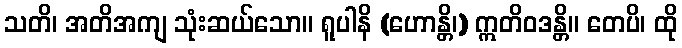
သတိ၊ အတိအကျ သုံးဆယ်သော။ ရူပါနိ (ဟောန္တိ၊) ဣတိဝဒန္တိ။ တေပိ၊ ထို